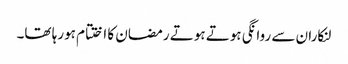
لنکاران سے روانگی ہوتے ہوتے رمضان کا اختتام ہورہا تھا۔